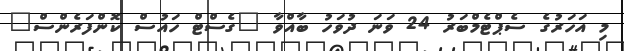
މި އަހަރުގެ ސެޕްޓެމްބަރު 24 ވަނަ ދުވަހު ބާއްވާ "ގެސްޓް ހައުސް ކޮންފަރެންސް"